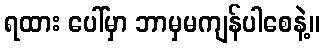
ရထား ပေါ်မှာ ဘာမှမကျန်ပါစေနဲ့။